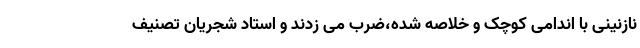
نازنینی با اندامی کوچک و خلاصه شده،ضرب می زدند و استاد شجریان تصنیف